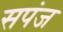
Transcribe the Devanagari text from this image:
सपंज